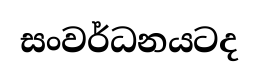
සංවර්ධනයටද